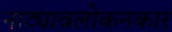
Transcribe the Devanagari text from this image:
नाट्यावलोकनकार